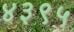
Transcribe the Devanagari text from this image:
४३९५